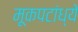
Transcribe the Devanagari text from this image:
मूकपटांध्ये